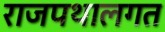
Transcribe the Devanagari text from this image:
राजपथालगत